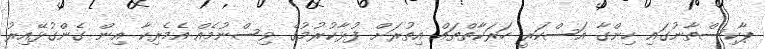
ޕާކިސްތާނުގައި ހިންގާ އަސްކަރީ ހަރަކާތްތައް އިތުރަށް ފުޅާކުރުމުގެ ވިސްނުމެއް އެމެރިކާ އިން ގެންގުޅޭއިރު